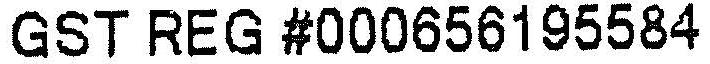
GST REG #000656195584